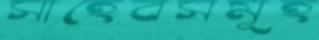
সাহেবসমূহ